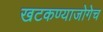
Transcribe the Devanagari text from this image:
खटकण्याजोगेच